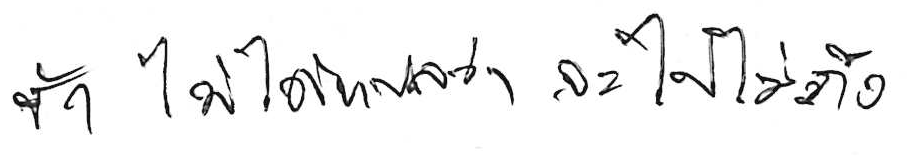
ช้า ไม่ได้แปลว่า จะไปไม่ถึง